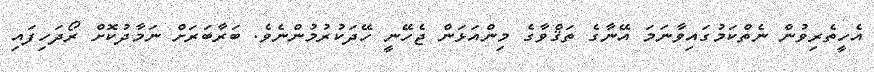
އެހީތެރިވުން ނެތްކަމުގައިވާނަމަ އޭނާގެ ތަޤްވާގެ މިންއަޅަން ޖެހޭނީ ހޭދަކުރުމުންނެވެ. ބަރާބަރަށް ނަމާދުކޮށް ރޯދަހިފައި